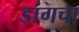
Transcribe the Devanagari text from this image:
डांगचा